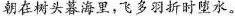
朝在树头暮海里，飞多羽折时堕水。